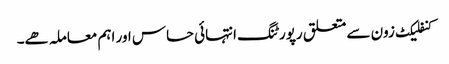
کنفلیکٹ زون سے متعلق رپورٹنگ انتہائی حساس اور اہم معاملہ ھے۔